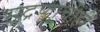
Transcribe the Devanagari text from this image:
मुद्रणाचीही